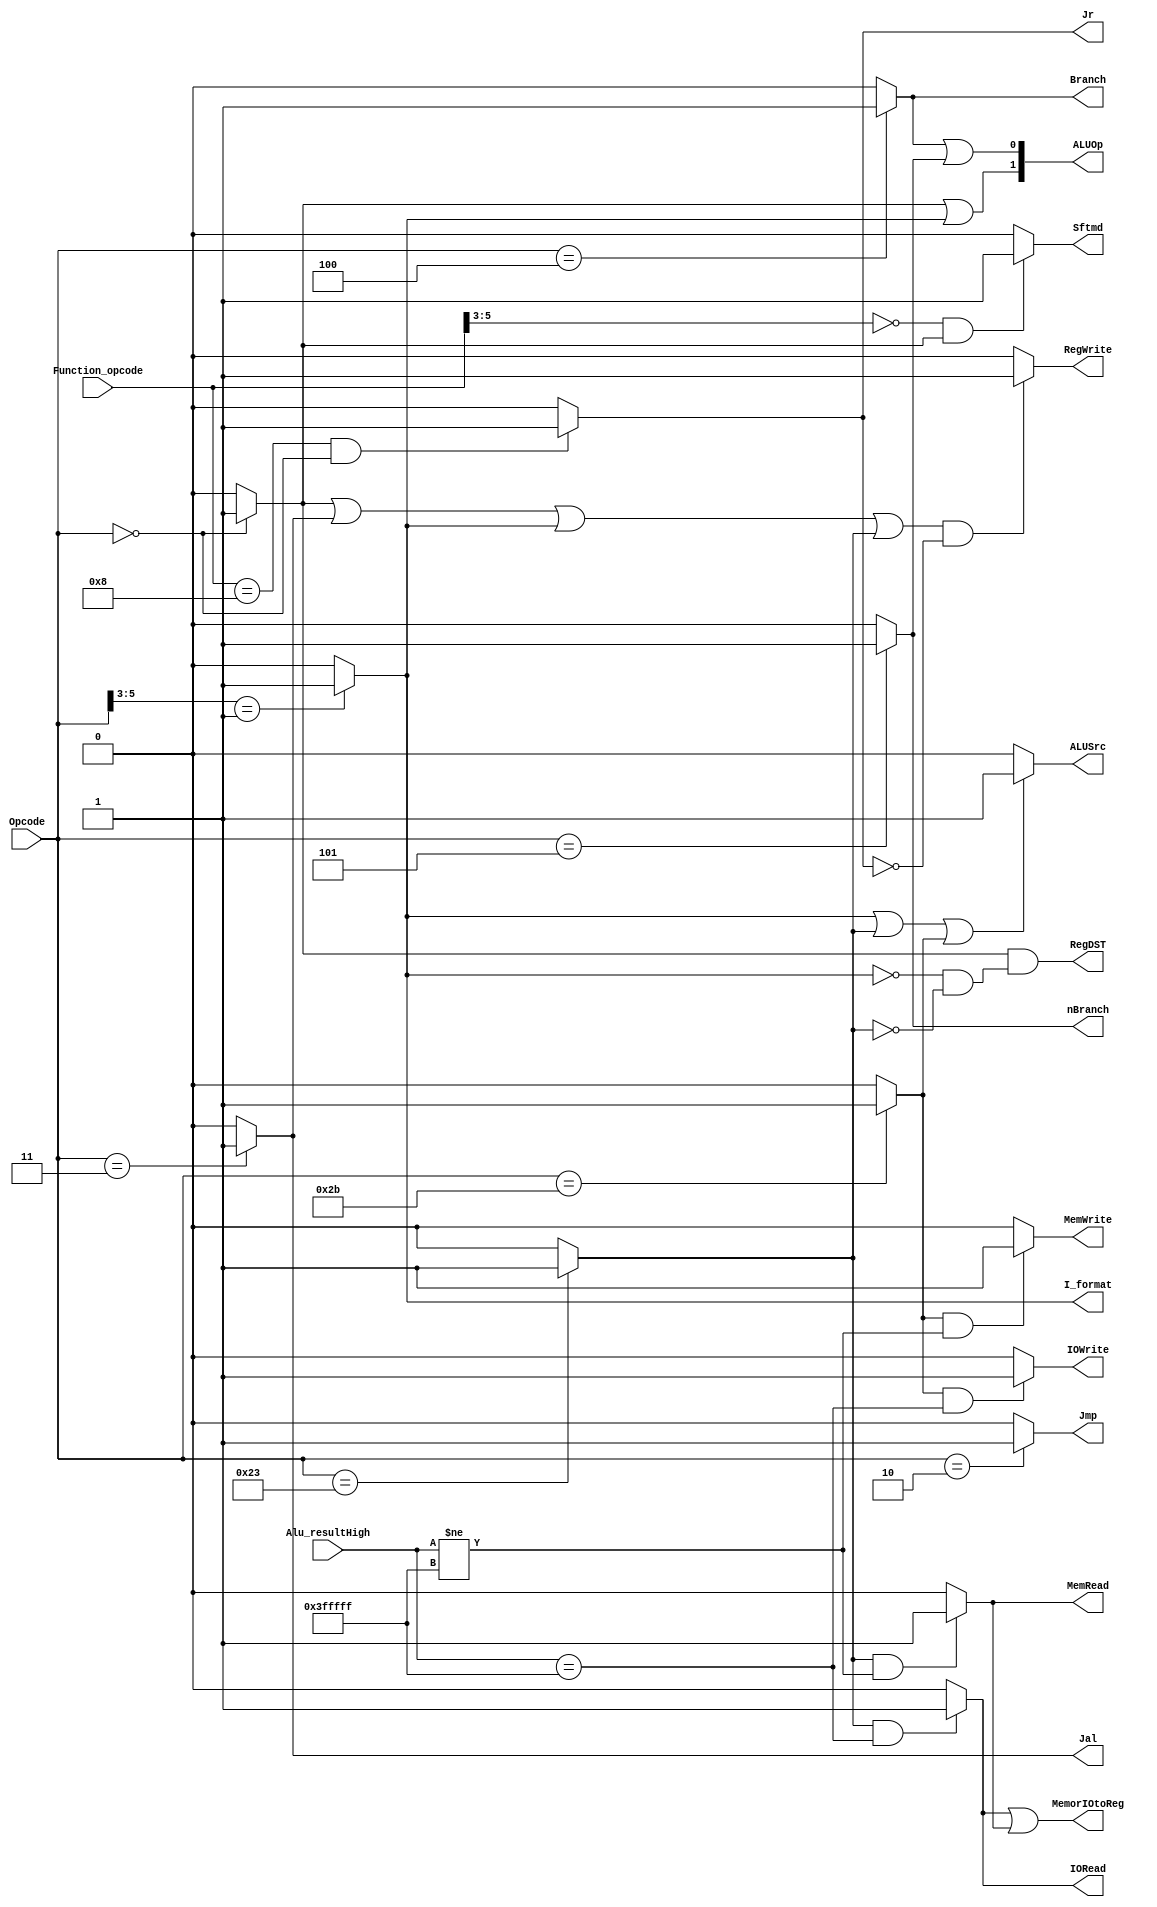
`timescale 1ns / 1ps

module ControllerIO(Opcode, Function_opcode, Jr, Jmp, Jal, Branch, nBranch, RegDST, 
    Alu_resultHigh, 
    MemorIOtoReg, RegWrite, 
    MemRead, MemWrite, 
    IORead, IOWrite, 
    ALUSrc, I_format, Sftmd, ALUOp);

    input[5:0]   Opcode;    // instruction[31..26]    
    input[5:0]   Function_opcode;  // instructions[5..0] 
    input[21:0]  Alu_resultHigh; // From the execution unit Alu_Result[31..10] 

    output       Jr;        // 1 indicate the instruction is "jr", other wise it's not
    output       Jmp;       //  1 indicate the instruction is "j", otherwise it's not    
    output       Jal;       //  1 indicate the instruction is "jal", otherwise it's not    
    output       Branch;    //  1 indicate the instruction is "beq" , otherwise it's not    
    output       nBranch;   //  1 indicate the instruction is "bne", otherwise it's not    
    output       RegDST;    //  1 indicate destination register is "rd",otherwise it's "rt"    
    output       RegWrite;  //  1 indicate write register, otherwise it's not    
    output       MemWrite;  //  1 indicate write data memory, otherwise it's not  
    output       MemorIOtoReg; // 1 indicates that data needs to be read from memory or I/O to the register 
    output       MemRead; // 1 indicates that the instruction needs to read from the memory 
    output       IORead; // 1 indicates I/O read
    output       IOWrite; // 1 indicates I/O write  
    output       ALUSrc;    //  1 indicate the 2nd data is immidiate (except "beq","bne")    
    output       I_format;  //  1 indicate the instruction is I-type but isn't "beq","bne","LW" or "SW"    
    output       Sftmd;     //  1 indicate the instruction is shift instruction;
                            //  if the instruction is R-type or I_format, ALUOp is 2'b10; if the instruction is"beq" or "bne", ALUOp is 2'b01;  
                            //  if the instruction is"lw" or "sw", ALUOp is 2'b00;
    output[1:0]  ALUOp;
    
    wire R_format, sw, lw;

    assign Jr = ((Function_opcode == 6'b001000) && (Opcode == 6'b000000)) ? 1'b1 : 1'b0;
    // assign Jmp = ((Function_opcode == 6'b001000) && (Opcode == 6'b000010)) ? 1'b1 : 1'b0;
    assign Jmp = (Opcode == 6'b000010) ? 1'b1 : 1'b0;
    // assign Jal = ((Function_opcode == 6'b001000) && (Opcode == 6'b000011)) ? 1'b1 : 1'b0;
    assign Jal =  (Opcode == 6'b000011) ? 1'b1 : 1'b0;
    // assign Branch = ((Function_opcode == 6'b001000) && (Opcode == 6'b000100)) ? 1'b1 : 1'b0;
    assign Branch =  (Opcode == 6'b000100) ? 1'b1 : 1'b0;
    // assign nBranch = ((Function_opcode == 6'b001000) && (Opcode == 6'b000101)) ? 1'b1 : 1'b0;
    assign nBranch = (Opcode == 6'b000101) ? 1'b1 : 1'b0;
    assign R_format = (Opcode == 6'b000000) ? 1'b1 : 1'b0;
    assign I_format = (Opcode[5:3] == 3'b001) ? 1'b1 : 1'b0;
    assign RegDST = R_format && (~I_format && ~lw);

    // assign MemtoReg = (!R_format && Opcode == 6'b100011) ? 1'b1 : 1'b0;
    assign RegWrite = ((R_format || Jal || I_format || lw) && !(Jr)) ? 1'b1 : 1'b0;
    // assign MemWrite = (!R_format && Opcode != 6'b100011 && Opcode == 6'b101011 && Opcode != 6'b000100) ? 1'b1 : 1'b0;

    assign sw = (Opcode == 6'b101011) ? 1'b1 : 1'b0;
    assign lw = (Opcode == 6'b100011) ? 1'b1 : 1'b0;

    assign MemWrite = (sw  == 1'b1 && (Alu_resultHigh[21:0] != 22'h3FFFFF)) ? 1'b1 : 1'b0;
    assign MemRead = (lw  == 1'b1 && (Alu_resultHigh[21:0] != 22'h3FFFFF)) ? 1'b1 : 1'b0;
    assign IORead = (lw  == 1'b1 && (Alu_resultHigh[21:0] == 22'h3FFFFF)) ? 1'b1 : 1'b0;
    assign IOWrite = (sw  == 1'b1 && (Alu_resultHigh[21:0] == 22'h3FFFFF)) ? 1'b1 : 1'b0;
    assign MemorIOtoReg = IORead || MemRead;

    assign ALUOp = {(R_format || I_format), (Branch || nBranch)};
    assign Sftmd =  ((Function_opcode[5:3] == 3'b000) && R_format)? 1'b1:1'b0;
    assign ALUSrc = (I_format || lw || sw) ? 1'b1:1'b0;
endmodule